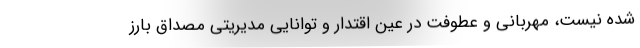
شده نیست، مهربانی و عطوفت در عین اقتدار و توانایی مدیریتی مصداق بارز